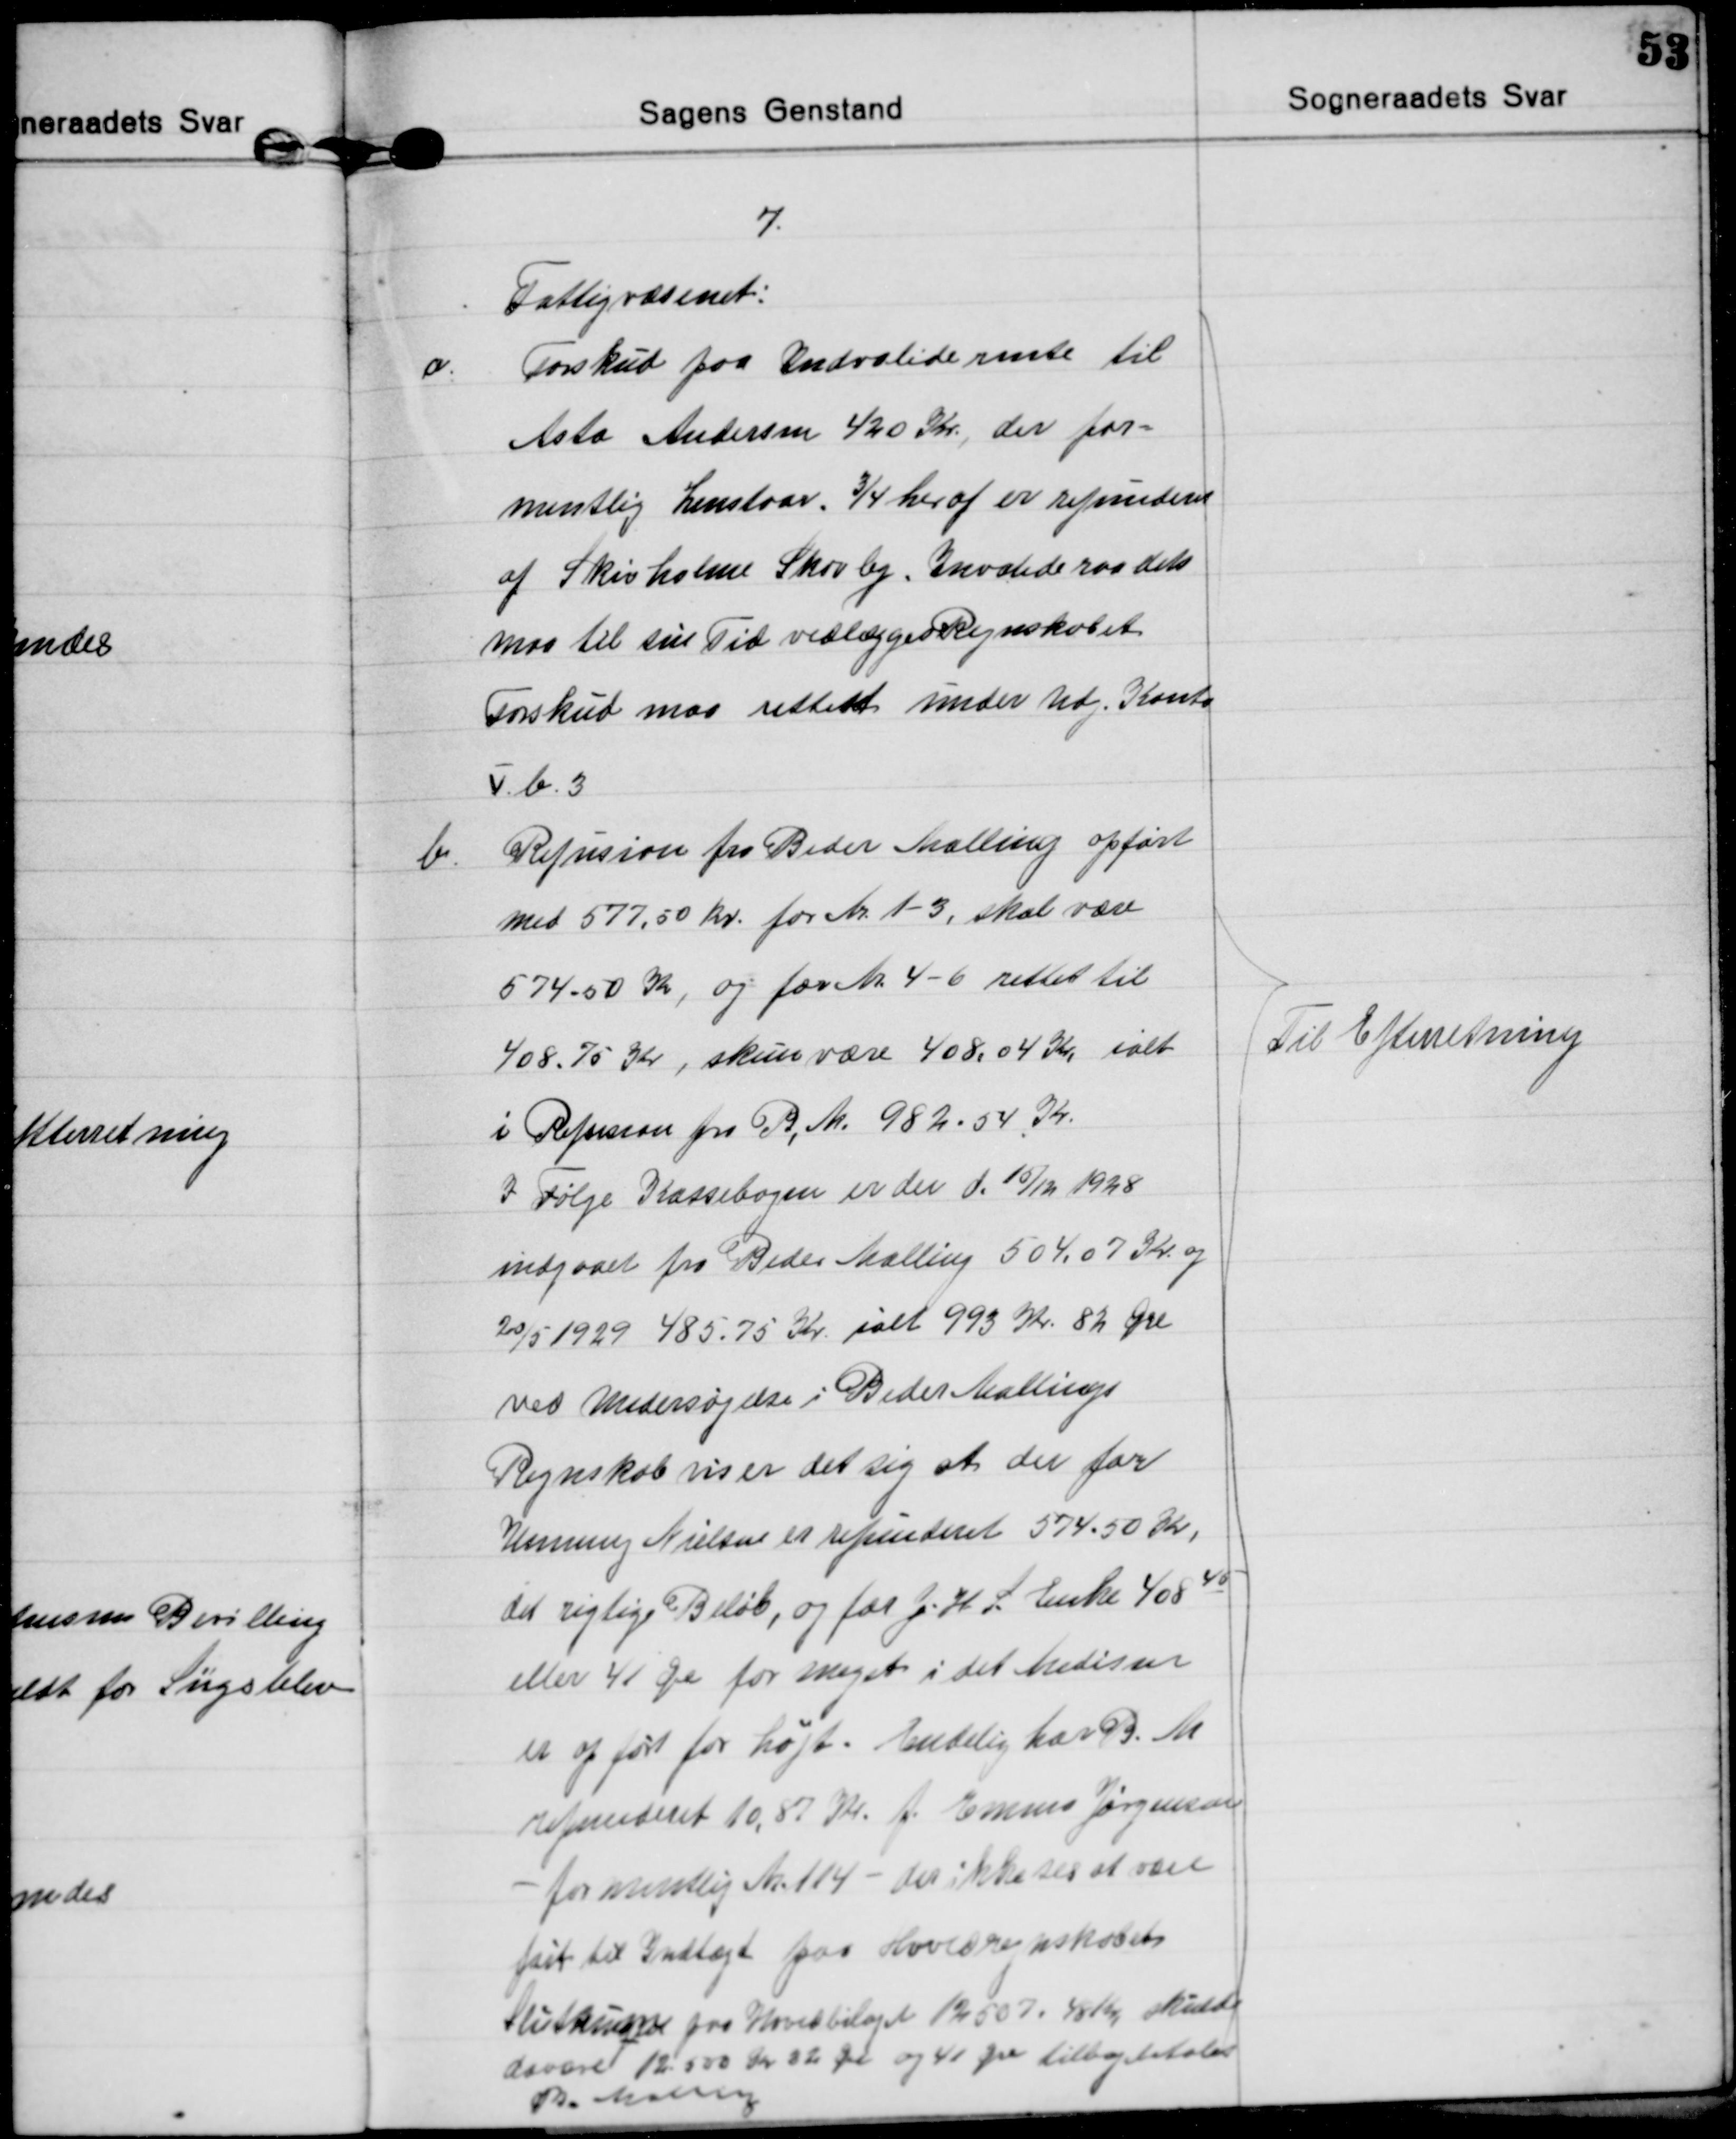
Transskription:
7.
Fattigvæsenet:
a.
Forskud paa Indvaliderente til
Asta Andersen 420 Kr, der for=
mentlig henstaar. ¾ heraf er refunderet
af Skivholme Skovby. Invalideraadets
maa til sin Tid vedlægges Regnskabet.
Forskud maa rettes under Udg. Konto
V.b.3
b.
Refusion fra Beder Malling opført
med 577,50 kr. for Nr. 1-3, skal være
574-50 Kr, og for Nr. 4-6 rettet til
408.75 Kr, skulle være 408,04 Kr ialt
i Refusion fra B, M. 982.54 Kr.
I Følge Kassebogen er der d. 15/12 1928
indgaaet fra Beder Malling 504,07 Kr. og
20/5 1929 485.75 Kr. ialt 993 Kr. 82 Øre
ved Undersøgelse i Beder Mallings
Regnskab viser det sig at der for
Henning Nielsen er refunderet 574.50 Kr,
det rigtige Beløb, og for J. H. L. Enke 408 45
eller 41 Øre for meget i det Medisin
er opført for højt. Endelig har B. M.
refunderet 10,87 Kr. f. Emma Jørgensen
- formentlig Nr. 114 - der ikke ses at være
ført til Indtægt paa Hovedregnskabets
Slutsum paa Hovedbilaget 12507,48 Kr, skulde
daværet 12.500 Kr 82 Øre og 41 Øre tilbagebetales
B. Malling
Til Efterretning